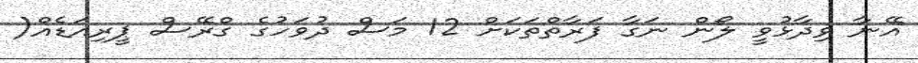
އޭނާ ވިދާޅުވީ ލޯން ނަގާ ފަރާތްތަކަށް 12 މަސް ދުވަހުގެ ގްރޭސް ޕީރިއަޑެއް(